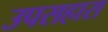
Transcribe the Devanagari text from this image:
उपसहारा